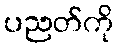
ပညတ်ကို